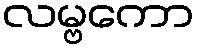
လမ္ဗကော